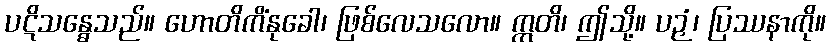
ပဋိသန္ဓေသည်။ ဟောတိကိံနုခေါ၊ ဖြစ်လေသလော။ ဣတိ၊ ဤသို့။ ပဉှံ၊ ပြဿနာကို။